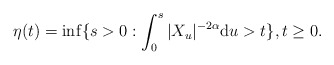
\begin{align*}\eta(t) = \inf\{s>0 : \int_0^s |X_u|^{-2\alpha}{\rm d}u >t\}, t\geq 0.\end{align*}